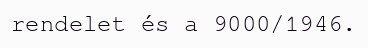
rendelet és a 9000/1946.